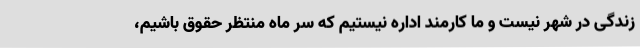
زندگی در شهر نیست و ما کارمند اداره نیستیم که سر ماه منتظر حقوق باشیم،